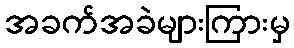
အခက်အခဲများကြားမှ